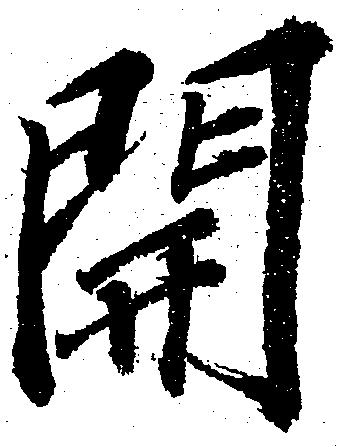
開